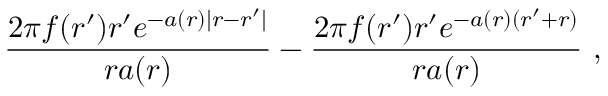
\frac { 2 \pi f ( r ^ { \prime } ) r ^ { \prime } e ^ { - a ( r ) | r - r ^ { \prime } | } } { r a ( r ) } - \frac { 2 \pi f ( r ^ { \prime } ) r ^ { \prime } e ^ { - a ( r ) ( r ^ { \prime } + r ) } } { r a ( r ) } \ ,